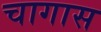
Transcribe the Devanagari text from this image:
चागास